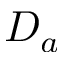
D _ { a }